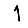
Digit: 1